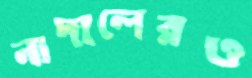
নাদালেরও